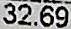
32.69